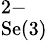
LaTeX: _\textrm{Se(3)}^{2-}